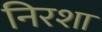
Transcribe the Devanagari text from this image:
निरशा